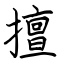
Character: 擅